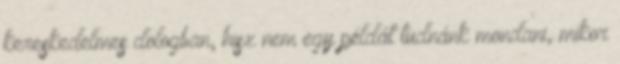
kereskedelmes dologban, hisz nem egy példát tudnánk mondani, mikor